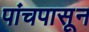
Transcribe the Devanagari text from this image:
पांचपासून